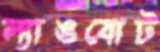
ল্যাঙবোট